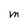
Character: M